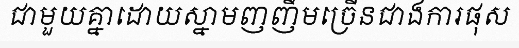
ជាមួយគ្នាដោយស្នាមញញឹមច្រើនជាងការផុស